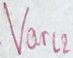
Text: Varl2